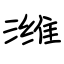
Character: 潍